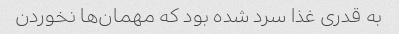
به قدری غذا سرد شده بود که مهمان‌ها نخوردن